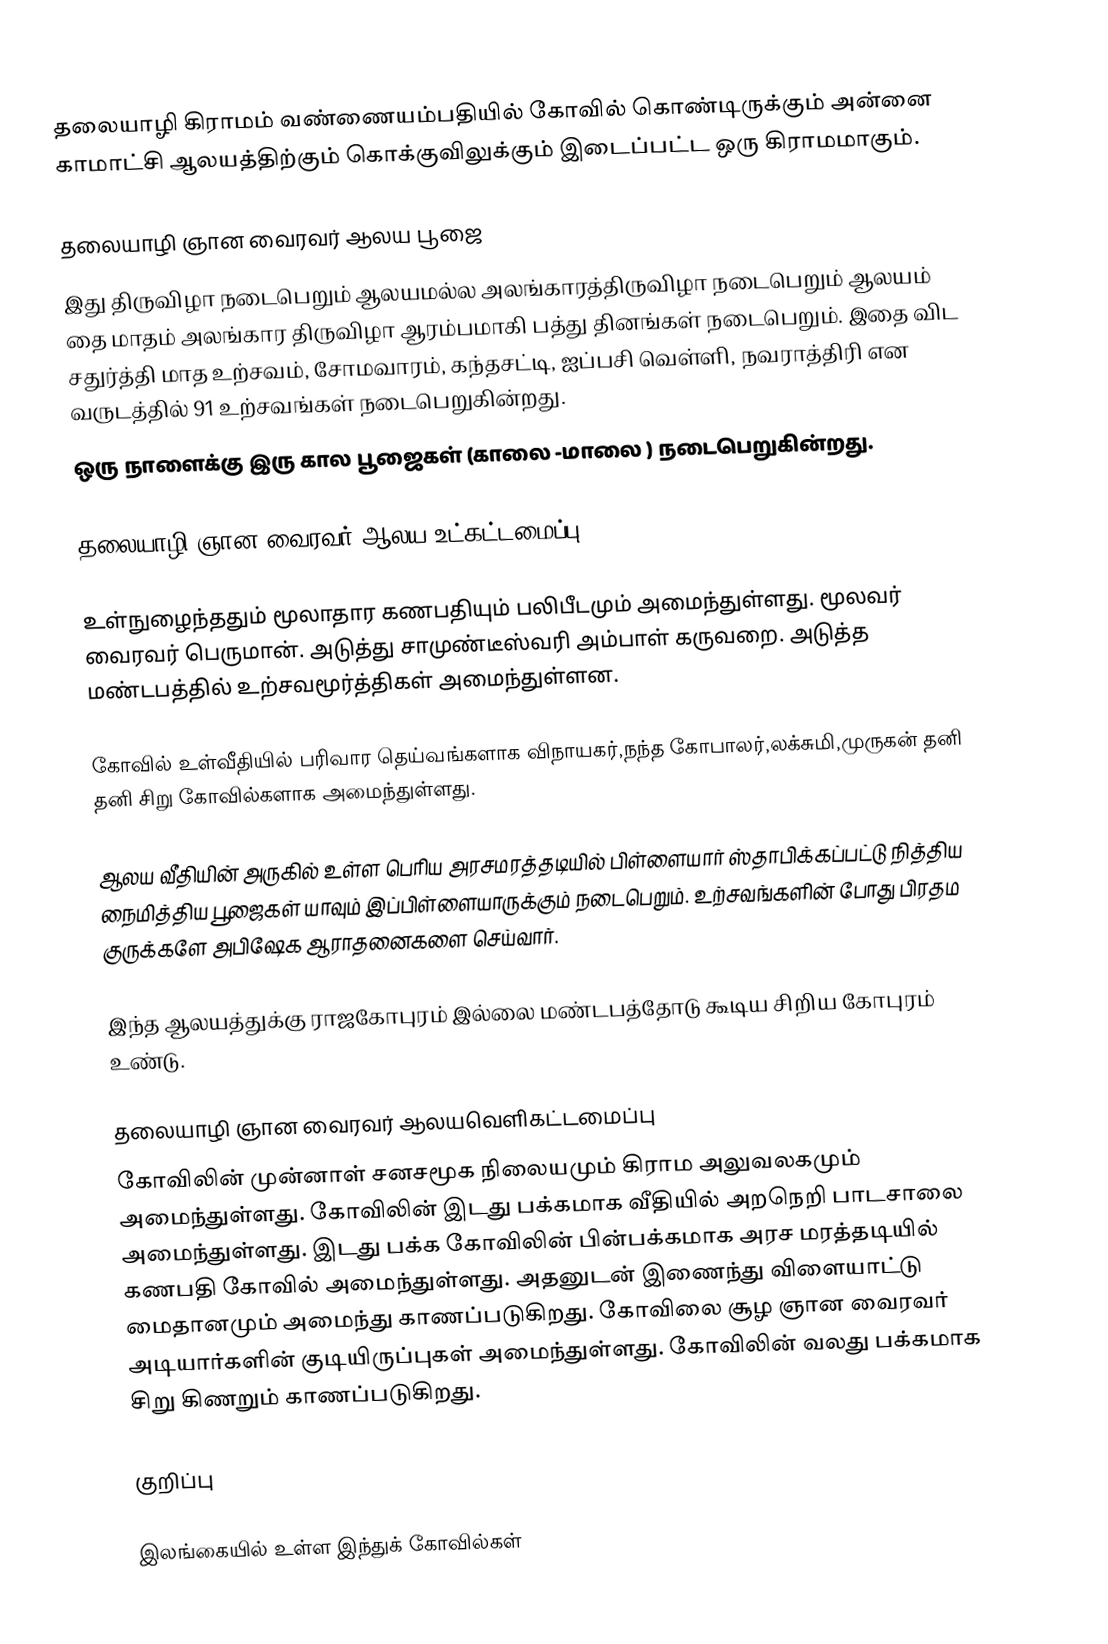
தலையாழி கிராமம் வண்ணையம்பதியில் கோவில் கொண்டிருக்கும் அன்னை காமாட்சி ஆலயத்திற்கும் கொக்குவிலுக்கும் இடைப்பட்ட ஒரு கிராமமாகும்.

தலையாழி ஞான வைரவர் ஆலய பூஜை
இது   திருவிழா நடைபெறும் ஆலயமல்ல அலங்காரத்திருவிழா நடைபெறும் ஆலயம் தை மாதம் அலங்கார திருவிழா ஆரம்பமாகி பத்து தினங்கள் நடைபெறும். இதை விட சதுர்த்தி மாத உற்சவம், சோமவாரம், கந்தசட்டி, ஐப்பசி வெள்ளி, நவராத்திரி என வருடத்தில் 91 உற்சவங்கள் நடைபெறுகின்றது.
ஒரு நாளைக்கு இரு கால பூஜைகள் (காலை -மாலை ) நடைபெறுகின்றது.

தலையாழி ஞான வைரவர் ஆலய உட்கட்டமைப்பு

உள்நுழைந்ததும் மூலாதார கணபதியும் பலிபீடமும் அமைந்துள்ளது. மூலவர் வைரவர் பெருமான். அடுத்து சாமுண்டீஸ்வரி அம்பாள் கருவறை. அடுத்த மண்டபத்தில் உற்சவமூர்த்திகள் அமைந்துள்ளன.

கோவில் உள்வீதியில் பரிவார தெய்வங்களாக விநாயகர்,நந்த கோபாலர்,லக்சுமி,முருகன் தனி தனி சிறு கோவில்களாக அமைந்துள்ளது.

ஆலய வீதியின் அருகில் உள்ள பெரிய அரசமரத்தடியில் பிள்ளையார் ஸ்தாபிக்கப்பட்டு நித்திய நைமித்திய பூஜைகள் யாவும் இப்பிள்ளையாருக்கும் நடைபெறும். உற்சவங்களின் போது பிரதம குருக்களே அபிஷேக ஆராதனைகளை செய்வார்.

இந்த ஆலயத்துக்கு ராஜகோபுரம் இல்லை மண்டபத்தோடு கூடிய சிறிய கோபுரம் உண்டு.

தலையாழி ஞான வைரவர் ஆலயவெளிகட்டமைப்பு
கோவிலின் முன்னாள் சனசமூக நிலையமும் கிராம அலுவலகமும் அமைந்துள்ளது. கோவிலின் இடது பக்கமாக வீதியில் அறநெறி பாடசாலை அமைந்துள்ளது. இடது பக்க கோவிலின் பின்பக்கமாக அரச மரத்தடியில் கணபதி கோவில் அமைந்துள்ளது. அதனுடன் இணைந்து விளையாட்டு மைதானமும் அமைந்து காணப்படுகிறது. கோவிலை சூழ ஞான வைரவர் அடியார்களின் குடியிருப்புகள் அமைந்துள்ளது. கோவிலின் வலது பக்கமாக சிறு கிணறும் காணப்படுகிறது.

குறிப்பு

இலங்கையில் உள்ள இந்துக் கோவில்கள்